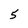
Character: 5